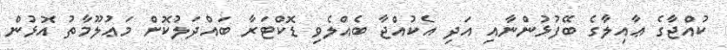
ކުއްޖާގެ ޢާއިލާގެ ބޭފުޅުންނާއި އަދި އެކުއްޖާ ބެއްލެވި ޑޮކްޓަރާ ބައްދަލުކޮށް މަޢުލޫމާތު އޮޅުން